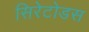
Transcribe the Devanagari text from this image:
सिरेटोडस